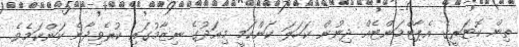
ތިން ކޮޓަރީގެ އެޕާޓްމަންޓެއް ދިނުން ކަހަލަ ކަންކަމީ މިއަދުގެ ނިޒާމުގައި ކުރެވިދާނެ ކަންކަމެވެ.